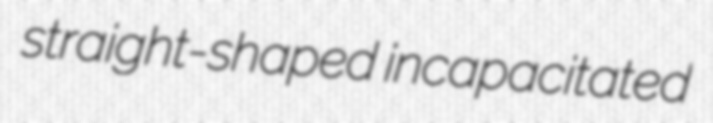
straight-shaped incapacitated